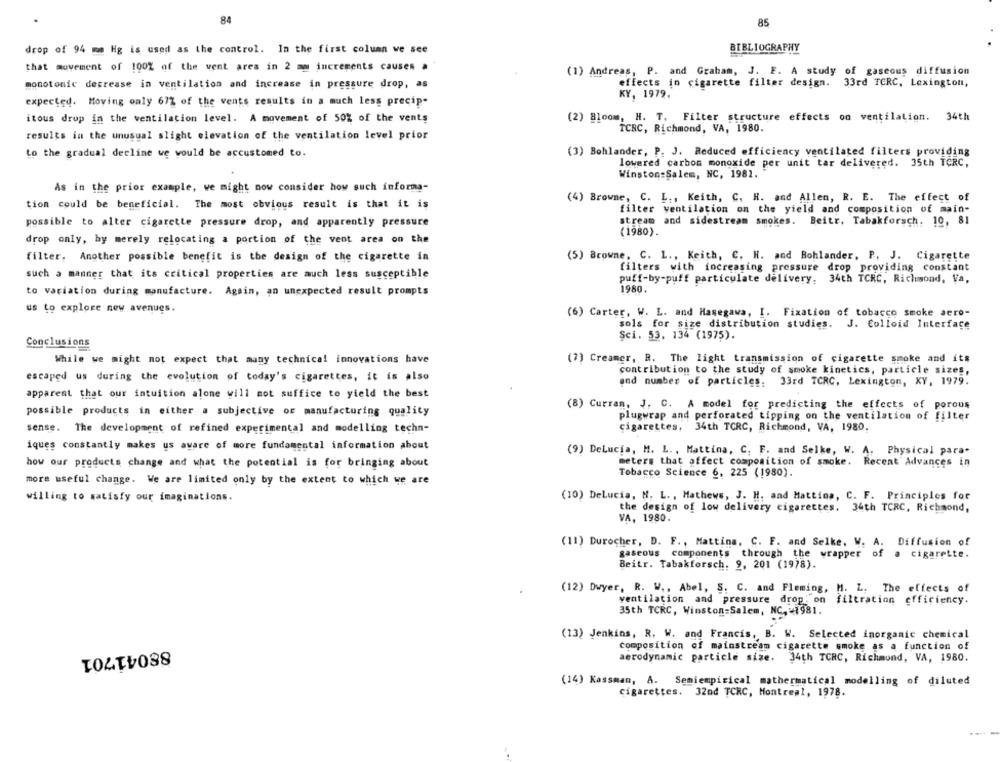
84
85
drop of 94 mm Hg is used as the control. In the first column we see
BIBLIOGRAPHY
that movement of 100% of the vent area in 2 mm increments causes a
(1) Andreas, P. and Graham, J. F. A study of gaseous diffusion
monotonic decrease in ventilation and increase in pressure drop, as
effects in cigarette filter design. 33rd TCRC, Lexington,
KY, 1979.
expected. Moving only 67% of the vents results in a much less precip-
itous drop in the ventilation level. A movement of 50% of the vents
(2) Bloom, H. T. Filter structure effects on ventilation. 34th
TCRC, Richmond, VA, 1980.
results in the unusual slight elevation of the ventilation level prior
to the gradual decline we would be accustomed to.
(3) Bohlander, P. J. Reduced efficiency ventilated filters providing
lowered carbon monoxide per unit tar delivered. 35th TCRC,
Winston:Sal
a-Salem, NC, 1981.
As in the prior example, we might now consider how such informa-
(4) Browne, C. L ., Keith, C. H. and Allen, R. E. The effect of
tion could be beneficial. The most obvious result is that it is
filter ventilation on the yield and composition of main-
possible to alter cigarette pressure drop, and apparently pressure
stream and sidestream smokes. Beitr, Tabakforsch. 10, 81
(1980).
drop only, by merely relocating a portion of the vent area on the
filter. Another possible benefit is the design of the cigarette in
(5) Browne, C. L ., Keith, C. H. and Bohlander, P. J. Cigarette
filters with increasing pressure drop providing constant
such a manner that its critical properties are much less susceptible
puff-by-puff particulate delivery. 34th TCRC, Richmond, Va,
1980.
to variation during manufacture. Again, an unexpected result prompts
us to explore new avenues.
(6) Carter, W. L. and Hasegawa, I. Fixation of tobacco smoke aero-
sols for size distribution studies. J. Colloid Interface
Sci. 53. 134 (1975).
Conclusions
While we might not expect that many technical innovations have
(7) Creamer, R. The light transmission of cigarette smoke and its
contribution to the study of smoke kinetics, particle sizes,
escaped us during the evolution of today's cigarettes, it is also
end number of particles. 33rd TCRC, Lexington, XY, 1979.
apparent that our intuition alone will not suffice to yield the best
(8) Curran, J. C. A model for predicting the effects of porous
possible products in either a subjective of manufacturing quality
plugwrap and perforated tipping on the ventilation of filter
sense. The development of refined experimental and modelling techn-
cigarettes, 34th TCRC, Richmond, VA, 1980.
iques constantly makes us aware of more fundamental information about
(9) DeLucia, H. L ., Mattina, C. F. and Selke, W. A. Physical para-
how our products change and what the potential is for bringing about
meters that affect composition of smoke. Recent Advances in
Tobacco Science 6, 225 (1980).
more useful change. We are limited only by the extent to which we are
(10) DeLucia, N. L ., Mathews, J. H. and Mattina, C. F. Principles for
willing to satisfy our imaginations.
the design of low delivery cigarettes. 34th TCRC, Richmond,
VA, 1980.
(11) Durocher, D. F ., Mattina, C. F. and Selke. W. A. Diffusion of
gaseous components through the wrapper of a cigarette.
Beitr. Tabakforsch. 9, 201 (1978).
(12) Dwyer, R. W ., Abel, S. C. and Fleming, M. L. The effects of
ventilation and pressure drop. on
filtration efficiency.
35th TCRC, Winston-Salem, NC, 41981.
(13) Jenkins, R. W. and Francis, B. W. Selected inorganic chemical
composition of mainstream cigarette smoke as a function of
88041701
aerodynamic particle size. 34th TCRC, Richmond, VA, 1980.
(14) Kassman, A. Semiempirical mathermatical modelling of diluted
cigarettes. 32nd TCRC, Montreal, 1978.